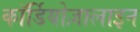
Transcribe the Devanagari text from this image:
कॉर्डियोज़ालाइन